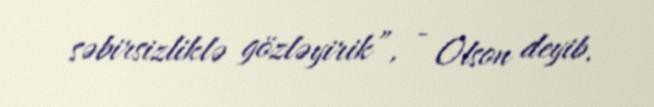
səbirsizliklə gözləyirik”, - Olson deyib.